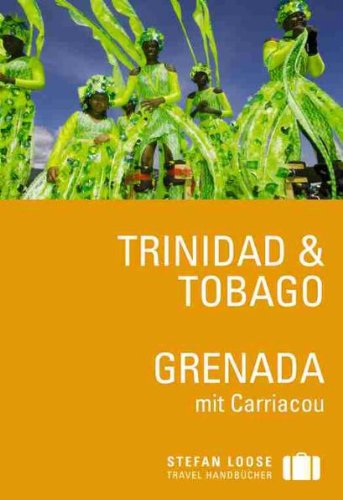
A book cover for Stefan Loose Travel HandbÃ¼cher Trinidad und Tobago. Grenada mit Carriacou; Christine De Vreese; Travel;